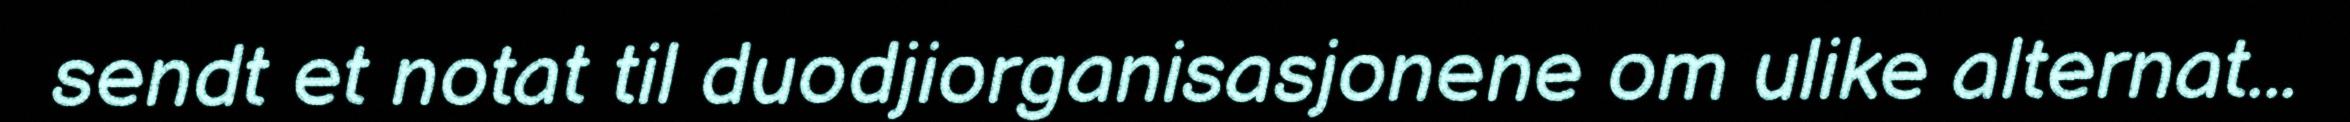
sendt et notat til duodjiorganisasjonene om ulike alternat...